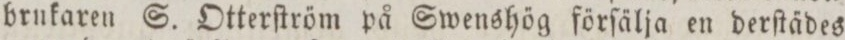
brukaren S. Otterſtröm på Swenshög förſälja en derſtädes